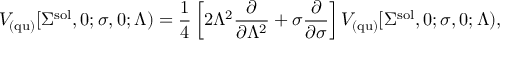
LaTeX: V _ { \mathrm { ( q u ) } } [ \Sigma ^ { \mathrm { s o l } } , 0 ; \sigma , 0 ; \Lambda ) = \frac { 1 } { 4 } \left[ 2 \Lambda ^ { 2 } \frac { \partial } { \partial \Lambda ^ { 2 } } + \sigma \frac { \partial } { \partial \sigma } \right] V _ { \mathrm { ( q u ) } } [ \Sigma ^ { \mathrm { s o l } } , 0 ; \sigma , 0 ; \Lambda ) ,